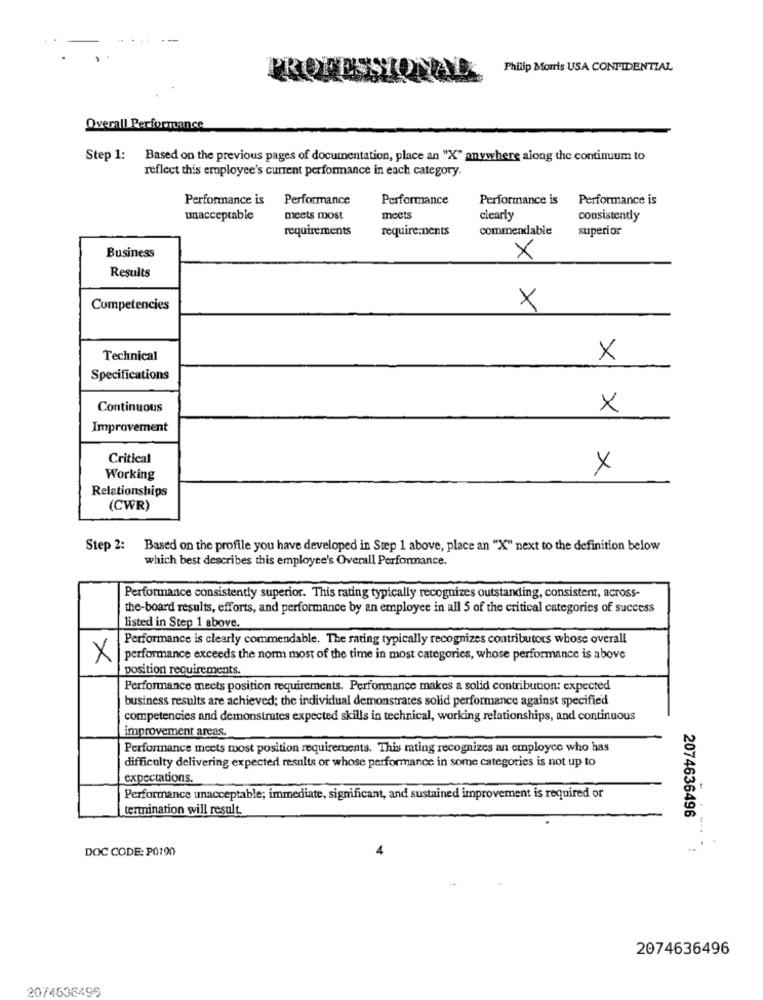
Philip Morris USA CONFIDENTIAL
OFESS
ONA
Overall Performance
Step 1: Based on the previous pages of documentation, place an "X" anywhere along the continuum to
reflect this employee's current performance in each category.
Performance is Performance
Performance
Performance is
Performance is
unacceptable
meets most
meets
clearly
consistently
requirements
require;nents
commendable
superior
Business
×
Results
Competencies
X
Technical
X
Specifications
Continuous
×
Improvement
Critical
X
Working
Relationships
(CWR)
Step 2: Based on the profile you have developed in Step 1 above, place an "X" next to the definition below
which best describes this employee's Overall Performance.
Performance consistently superior. This rating typically recognizes outstanding, consistent, across-
the-board results, efforts, and performance by an employee in all 5 of the critical categories of success
listed in Step 1 above.
Performance is clearly commendable. The rating typically recognizes contributors whose overall
X
performance exceeds the norm most of the time in most categories, whose performance is above
position requirements.
Performance meets position requirements. Performance makes a solid contribution: expected
business results are achieved; the individual demonstrates solid performance against specified
competencies and demonstrates expected skills in technical, working relationships, and continuous
improvement areas.
Performance meets most position requirements. This mating recognizes an employee who has
difficulty delivering expected results or whose performance in some categories is not up to
expectations.
Performance unacceptable; immediate, significant, and sustained improvement is required or
termination will result
2074636496
DOC CODE: P0190
2074636496
2074636496